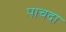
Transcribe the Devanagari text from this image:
पाचदा